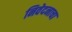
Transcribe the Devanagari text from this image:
निवेदनाचा